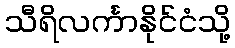
သီရိလင်္ကာနိုင်ငံသို့